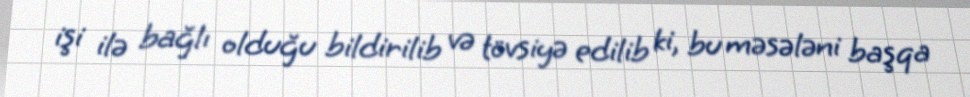
işi ilə bağlı olduğu bildirilib və tövsiyə edilib ki, bu məsələni başqa